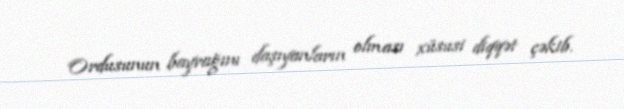
Ordusunun bayrağını daşıyanların olması xüsusi diqqət çəkib.